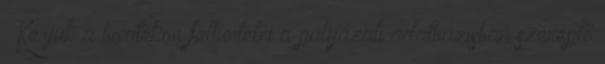
. Kérjük a borítékon feltüntetni a pályázati adatbázisban szereplő